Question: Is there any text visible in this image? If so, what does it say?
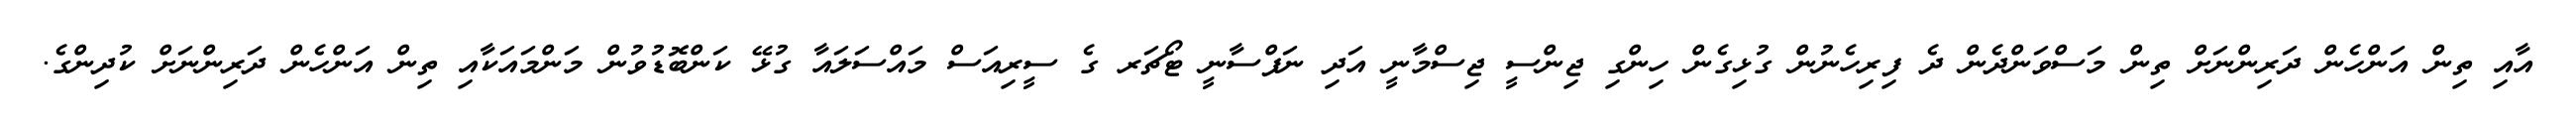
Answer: އާއި ތިން އަންހެން ދަރިންނަށް ތިން މަސްވަންދެން ދެ ފިރިހެނުން ގުޅިގެން ހިންގި ޖިންސީ ޖިސްމާނީ އަދި ނަފްސާނީ ޓޯޗަރ ގެ ސީރިއަސް މައްސަލައާ ގުޅޭ ކަންބޮޑުވުން މަންމައަކާއި ތިން އަންހެން ދަރިންނަށް ކުދިންގެ.